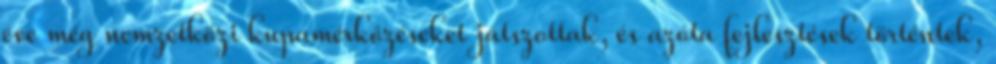
éve még nemzetközi kupamérkőzéseket játszottak, és azóta fejlesztések történtek,